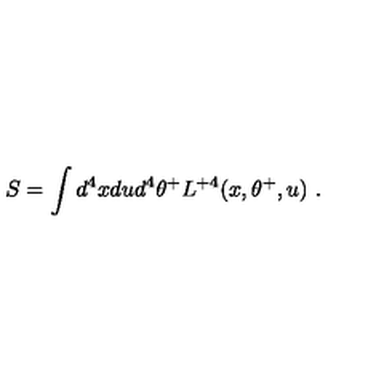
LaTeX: S = \int d ^ { 4 } x d u d ^ { 4 } \theta ^ { + } L ^ { + 4 } ( x , \theta ^ { + } , u ) \ .